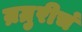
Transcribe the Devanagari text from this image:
म्रग्रुरीचं